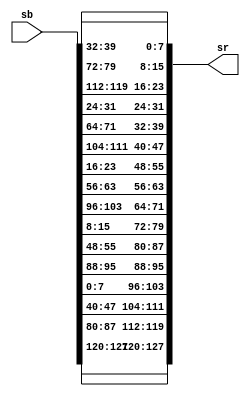
`timescale 1ns / 1ps

module shiftrow(sb,sr);

input [127:0] sb;
output [127:0] sr;

assign         sr[127:120] = sb[127:120];  
assign         sr[119:112] = sb[87:80];
assign         sr[111:104] = sb[47:40];
assign         sr[103:96] = sb[7:0];
   
assign          sr[95:88] = sb[95:88];
assign          sr[87:80] = sb[55:48];
assign          sr[79:72] = sb[15:8];
assign          sr[71:64] = sb[103:96];
   
assign          sr[63:56] = sb[63:56];
assign          sr[55:48] = sb[23:16];
assign          sr[47:40] = sb[111:104];
assign          sr[39:32] = sb[71:64];
   
assign          sr[31:24] = sb[31:24];
assign          sr[23:16] = sb[119:112];
assign          sr[15:8] = sb[79:72];
assign          sr[7:0] = sb[39:32]; 


endmodule